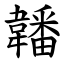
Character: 䪛